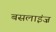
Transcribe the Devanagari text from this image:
बसलाइंज़